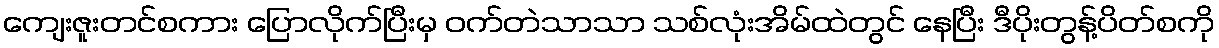
ကျေးဇူးတင်စကား ပြောလိုက်ပြီးမှ ဝက်တဲသာသာ သစ်လုံးအိမ်ထဲတွင် နေပြီး ဒီပိုးတွန့်ပိတ်စကို